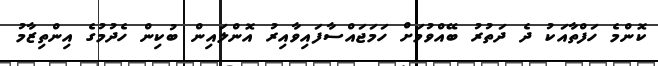
ކޮންމެ ހަފްތާއަކު ދެ ދަތުރު ބޭއްވުމަށް ހަމަޖައްސާފައިވާއިރު އޮންލައިން ބުކިން ހެދުމުގެ އިންތިޒާމު